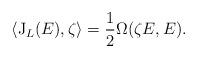
LaTeX: \begin{align*}\langle \mathrm{J}_L(E), \zeta\rangle = \frac{1}{2}\Omega(\zeta E,E).\end{align*}